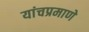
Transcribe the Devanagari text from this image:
यांचप्रमाणे